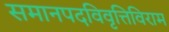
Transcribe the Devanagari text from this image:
समानपदविवृत्तिविराम